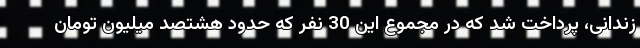
زندانی، پرداخت شد که در مجموع این 30 نفر که حدود هشتصد میلیون تومان